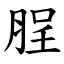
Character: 脭